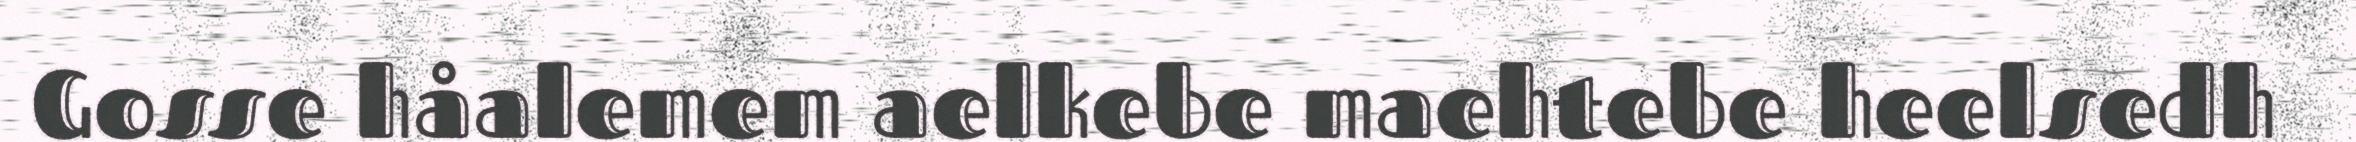
Gosse håalemem aelkebe maehtebe heelsedh